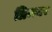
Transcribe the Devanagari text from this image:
प्रिमयर